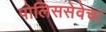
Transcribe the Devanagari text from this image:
पोलिससेवेचा